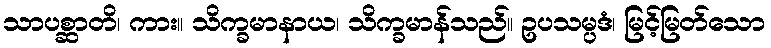
သာပစ္ဆာတိ၊ ကား။ သိက္ခမာနာယ၊ သိက္ခမာန်သည်။ ဥပသမ္ပဒံ၊ မြင့်မြတ်သော